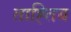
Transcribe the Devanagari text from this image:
ताह्तिब